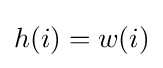
h(i)=w(i)